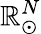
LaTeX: \mathbb{R}_{\odot}^{N}